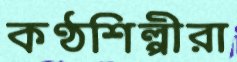
কণ্ঠশিল্পীরা